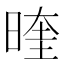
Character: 𭦭